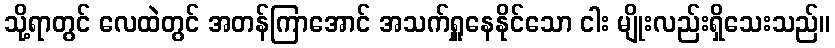
သို့ရာတွင် လေထဲတွင် အတန်ကြာအောင် အသက်ရှူနေနိုင်သော ငါး မျိုးလည်းရှိသေးသည်။